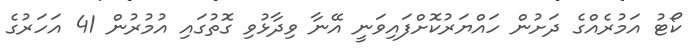
ކޯޓު އަމުރެއްގެ ދަށުން ހައްޔަރުކޮށްފައިވަނީ އޭނާ ވިދާޅުވި ގޮތުގައި އުމުރުން 41 އަހަރުގެ